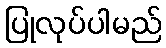
ပြုလုပ်ပါမည်